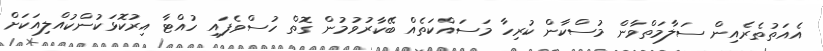
އެއަތުތެރެއިން ސަލާމަތްވާން މުސްކާން ކުރިހާ މަސައްކަތެއް ބޭކާރުވުމުން ގޮތް ހުސްވެފައި ހުއްޓާ އިރުކޮޅަކުންކުއްލިއަކަށް